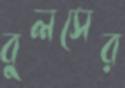
বুলসের